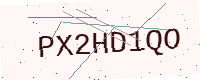
Text: PX2HD1QO